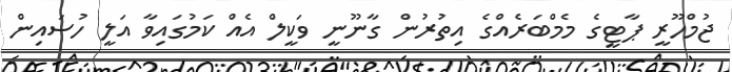
ޖުމްހޫރީ ޕާޓީގެ މެމްބަރެއްގެ އިތުރުން ގާނޫނީ ވަކީލް އެއް ކަމުގައިވާ އަލީ ހުސައިން